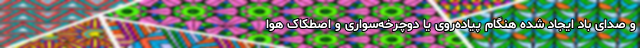
و صدای باد ایجاد شده هنگام پیاده‌روی یا دوچرخه‌سواری و اصطکاک هوا